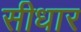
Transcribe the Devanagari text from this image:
सीधार